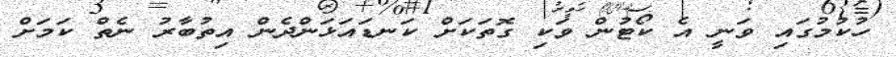
ހުކުމުގައި ވަނީ އެ ކޯޓުން ވަކި ގޮތަކަށް ކަނޑައަޅަންދެން އިތުބާރު ނެތް ކަމަށް